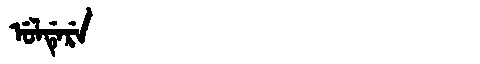
Manchu: ᡠᠯᡩᡝᡵᡝ
Romanization: ULDERE